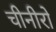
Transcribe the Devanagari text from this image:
चीनीरो